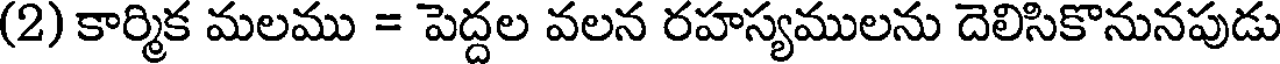
(2) కార్మిక మలము = పెద్దల వలన రహస్యములను దెలిసికొనునపుడు